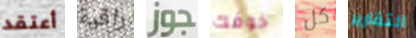
أعتقد راقية جوز خوفك كل التقارير